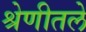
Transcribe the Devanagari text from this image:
श्रेणीतले